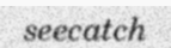
seecatch